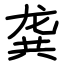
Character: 龚